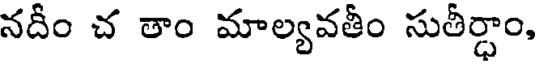
నదీం చ తాం మాల్యవతీం సుతీర్ధాం,